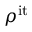
\rho ^ { \mathrm { i t } }